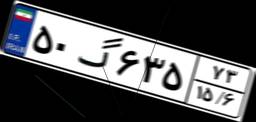
۵۰گ۶۳۵۷۳